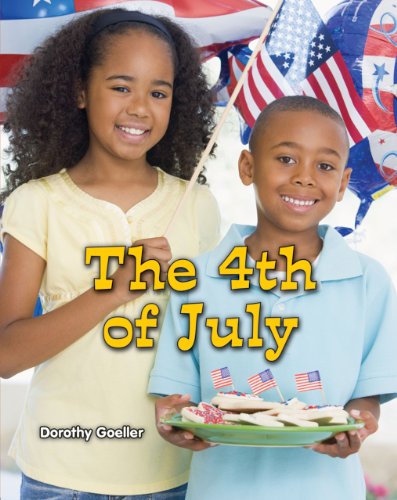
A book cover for The 4th of July (All About Holidays); Dorothy Goeller; Children's Books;